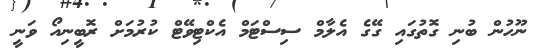
ނޫހުން ބުނި ގޮތުގައި ގޭގެ އެލާމް ސިސްޓަމް އެކްޓިވޭޓް ކުރުމަށް ރޮބީނިއޯ ވަނީ